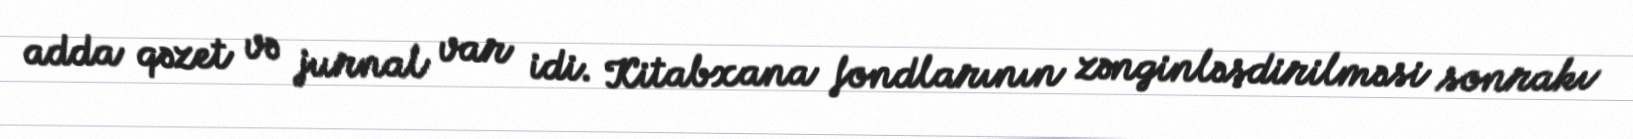
adda qəzet və jurnal var idi. Kitabxana fondlarının zənginləşdirilməsi sonrakı